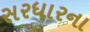
સરધારના